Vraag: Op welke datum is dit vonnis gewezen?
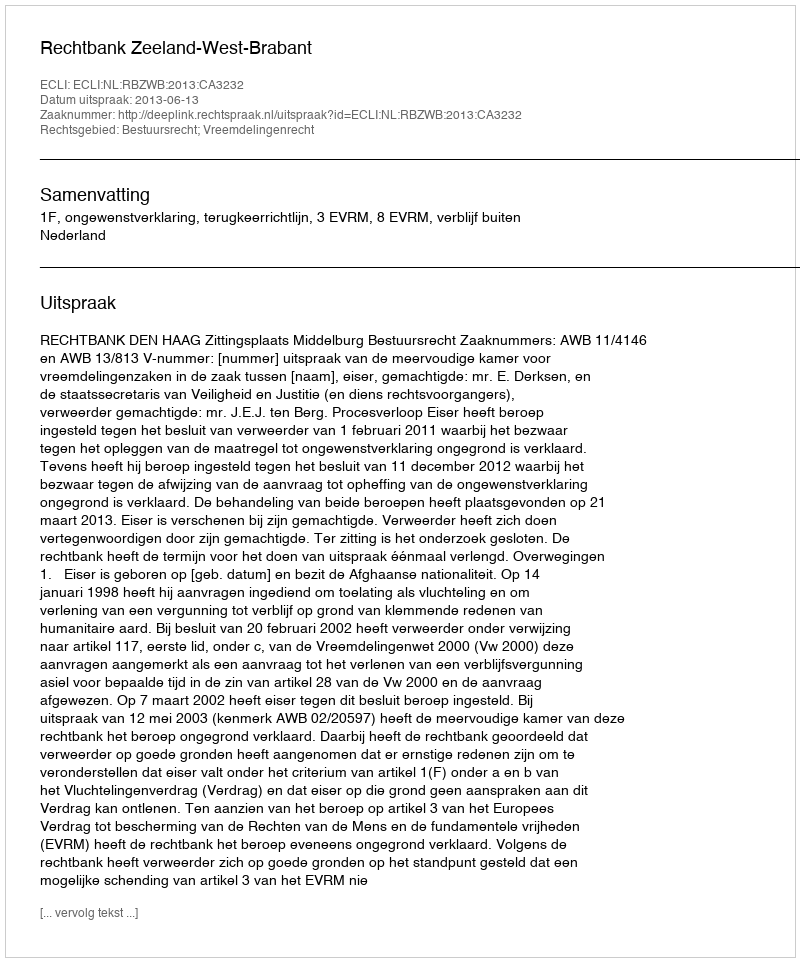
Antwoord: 2013-06-13